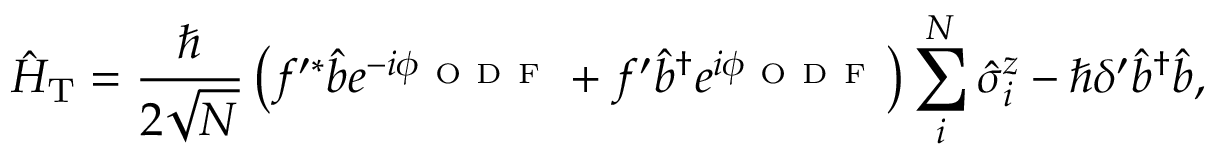
\hat { H } _ { \mathrm { T } } = \frac { \hbar } { 2 \sqrt { N } } \left( f ^ { \prime \ast } \hat { b } e ^ { - i \phi _ { \mathrm { ~ O ~ D ~ F ~ } } } + f ^ { \prime } \hat { b } ^ { \dagger } e ^ { i \phi _ { \mathrm { ~ O ~ D ~ F ~ } } } \right) \sum _ { i } ^ { N } \hat { \sigma } _ { i } ^ { z } - \hbar \delta ^ { \prime } \hat { b } ^ { \dagger } \hat { b } ,